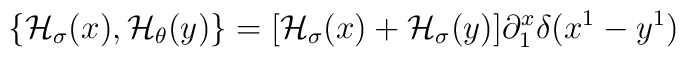
\{{\cal H}_{\sigma}(x),{\cal H}_{\theta}(y)\} = [{\cal H}_{\sigma}(x) +{\cal H}_{\sigma}(y)] \partial^x_1\delta (x^1 - y^1)